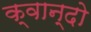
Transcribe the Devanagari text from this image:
क्वान्दो